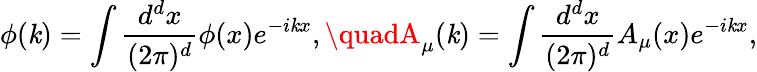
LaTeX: \phi(\mathit{k})=\int\frac{{d^{d}x}}{{(2\pi)^{d}}}\phi(x)e^{-i\mathit{k}x},\quadA_{\mu}(\mathit{k})=\int\frac{{d^{d}x}}{{(2\pi)^{d}}}A_{\mu}(x)e^{-i\mathit{k}x},